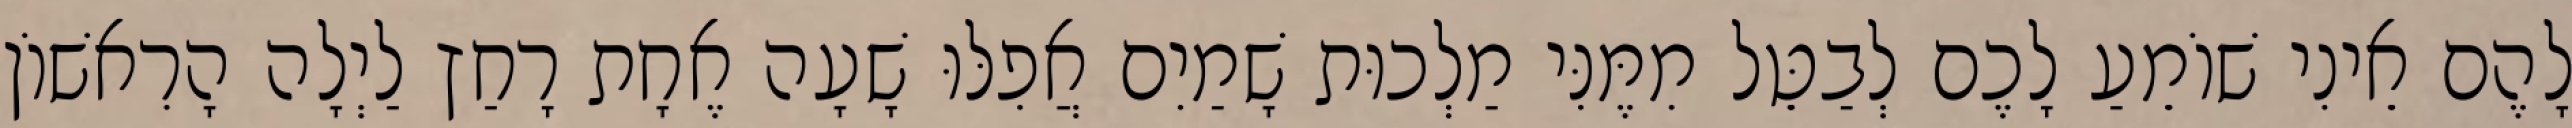
לָהֶם אֵינִי שׁוֹמֵעַ לָכֶם לְבַטֵּל מִמֶּנִּי מַלְכוּת שָׁמַיִם אֲפִלּוּ שָׁעָה אֶחָת רָחַץ לַיְלָה הָרִאשׁוֹן